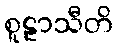
စူဠာသီတိ